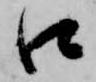
口